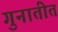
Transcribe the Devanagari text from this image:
गुनातीत